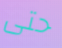
حتى